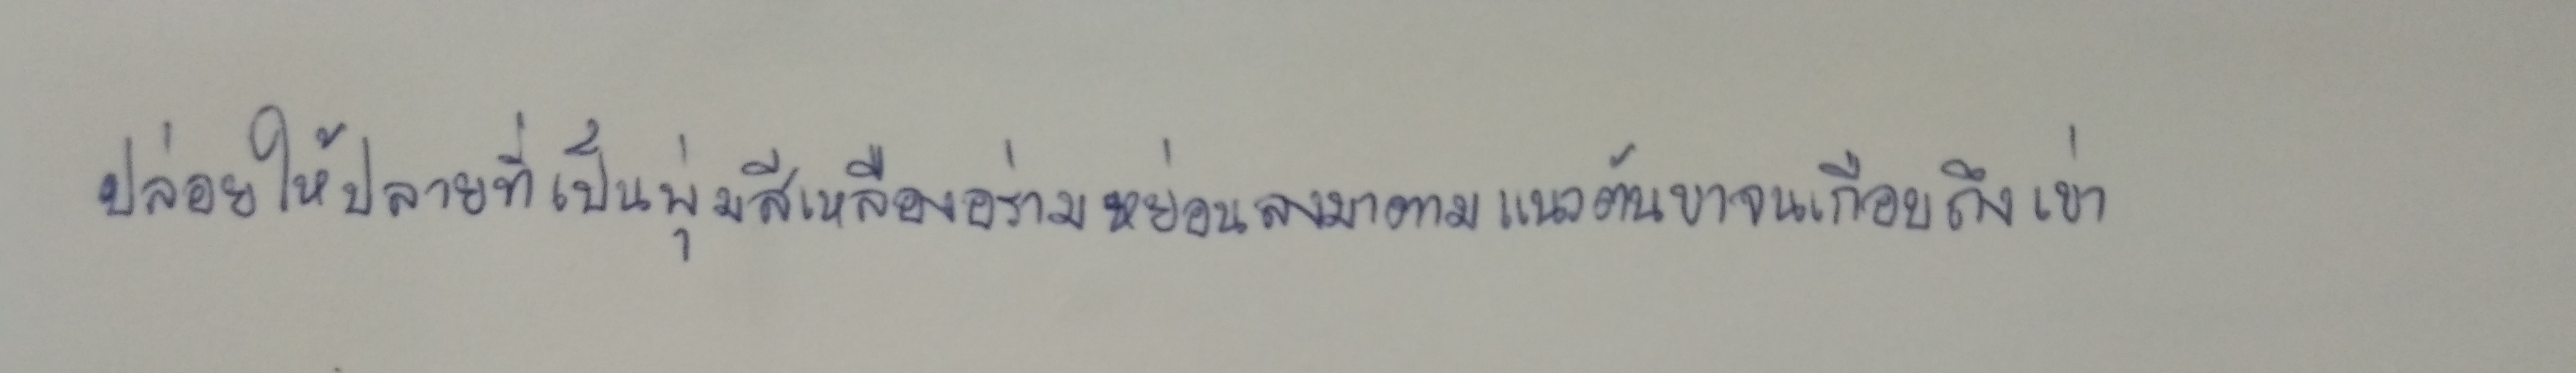
ปล่อยให้ปลายที่เป็นพุ่มสีเหลืองอร่ามหย่อนลงมาตามแนวต้นขาจนเกือบถึงเข่า